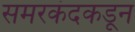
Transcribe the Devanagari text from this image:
समरकंदकडून